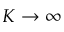
K \rightarrow \infty